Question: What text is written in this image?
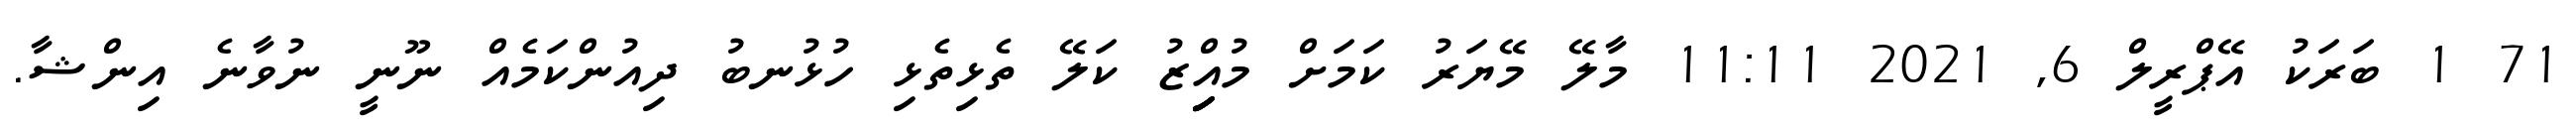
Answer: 71 1 ބަރަކު އޭޕްރީލް 6, 2021 11:11 މާލޭ މޭޔަރު ކަމަށް މުއިިިިިްޒު ކަލޭ ތެޅިތެޅި ހުޅުނބު ދިއުންކަމެއް ނޫނީ ނުވާނެ އިންޝާ.